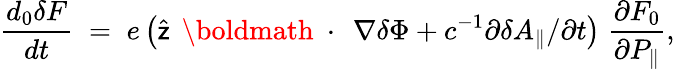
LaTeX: \frac{d_{0}\delta F}{dt}\; =\; e\left(\widehat{\sf z}\, \mathrm{~\boldmath~\cdot~}\, \nabla\delta\Phi+c^{-1}\partial\delta A_{\| }/\partial t\right)\; \frac{\partial F_{0}}{\partial P_{\| }},